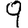
Digit: 9